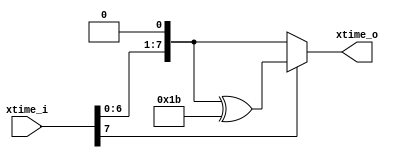
`timescale 1ns/1ns

module xtime (
    output reg [7:0] xtime_o,
    input [7:0] xtime_i
);
    always @(*) begin
        if(xtime_i [7] == 1'b1) begin
            xtime_o = (xtime_i << 1) ^ 8'h1b;
        end
        else begin
            xtime_o = xtime_i << 1;
        end
    end
endmodule

module xor_8b (
    output [7:0] xor_8b_o , 
    input [7:0] xor_8b_inA,
    input [7:0] xor_8b_inB
);

    assign xor_8b_o = xor_8b_inA ^ xor_8b_inB;

endmodule

module mix_columns (
    output [4*8 - 1 : 0] mix_col_o,
    input [4*8 - 1 : 0] mix_col_in,
    input inv_en
);

    wire [7:0] mix_col_in_2d [0:3];

    // XOR input A
    reg [7:0] xor_A1_in, xor_A2_in, xor_A3_in, xor_A4_in, xor_A5_in, xor_A6_in,  
    xor_A7_in, xor_A8_in, xor_A9_in, xor_A10_in, xor_A11_in, xor_A12_in, xor_A13_in, xor_A14_in, xor_A15_in;

    // XOR input B
    reg [7:0] xor_B1_in, xor_B2_in, xor_B3_in, xor_B4_in, xor_B5_in, xor_B6_in,  
    xor_B7_in, xor_B8_in, xor_B9_in, xor_B10_in, xor_B11_in, xor_B12_in, xor_B13_in, xor_B14_in, xor_B15_in;

    // XOR output C
    wire [7:0] xor1_out, xor2_out, xor3_out, xor4_out, xor5_out, xor6_out,
    xor7_out, xor8_out, xor9_out, xor10_out, xor11_out, xor12_out, xor13_out, xor14_out, xor15_out;
    
    // Xtime I/O
    reg [7:0] x1_in, x2_in, x3_in, x4_in;
    wire [7:0] x1_out, x2_out, x3_out, x4_out;

    // Matrix Convert
    assign mix_col_in_2d[3] = mix_col_in[7:0];
    assign mix_col_in_2d[2] = mix_col_in[15:8];
    assign mix_col_in_2d[1] = mix_col_in[23:16];
    assign mix_col_in_2d[0] = mix_col_in[31:24];
    
    // wire [7:0] t = mix_col_in_2d[0] ^ mix_col_in_2d[1] ^ mix_col_in_2d[2] ^ mix_col_in_2d[3];
    wire [7:0] t = (inv_en == 1'b0) ? xor7_out : x4_out; // As known as v in Python
    wire [7:0] u = (inv_en == 1'b0) ? mix_col_in_2d[0] : x3_out;

    always @(*) begin
        if (inv_en == 1'b0) begin
            x1_in = xor1_out;
            x2_in = xor2_out;
            x3_in = xor3_out;
            x4_in = xor4_out;
        end
        else begin
            x1_in = xor1_out;
            x2_in = xor2_out;
            x3_in = x1_out;
            x4_in = x2_out;
        end
    end

    always @(*) begin
        // Single MixCol - 15 xor gates
        if (inv_en == 1'b0) begin
            // Generate inputs pass to Xtimes. 1~4
            xor_A1_in = mix_col_in_2d[0];
            xor_B1_in = mix_col_in_2d[1];
            xor_A2_in = mix_col_in_2d[1];
            xor_B2_in = mix_col_in_2d[2];
            xor_A3_in = mix_col_in_2d[2];
            xor_B3_in = mix_col_in_2d[3];
            xor_A4_in = mix_col_in_2d[3];
            xor_B4_in = u;
            
            // t 5~7
            xor_A5_in = mix_col_in_2d[0];
            xor_B5_in = mix_col_in_2d[1];
            xor_A6_in = xor5_out;
            xor_B6_in = mix_col_in_2d[2];
            xor_A7_in = xor6_out;
            xor_B7_in = mix_col_in_2d[3];

            // xor with xtime and t 8~11
            xor_A8_in = x1_out;
            xor_B8_in = t;
            xor_A9_in = x2_out;
            xor_B9_in = t;
            xor_A10_in = x3_out;
            xor_B10_in = t;
            xor_A11_in = x4_out;
            xor_B11_in = t;

            // xor 12~15
            xor_A12_in = xor8_out;
            xor_B12_in = mix_col_in_2d[0];
            xor_A13_in = xor9_out;
            xor_B13_in = mix_col_in_2d[1];
            xor_A14_in = xor10_out;
            xor_B14_in = mix_col_in_2d[2];
            xor_A15_in = xor11_out;
            xor_B15_in = mix_col_in_2d[3];
            
        end
        // Single INV_Mixcol - 6 xor gates
        else begin
            // First Two 1~2
            xor_A1_in = mix_col_in_2d[0];
            xor_B1_in = mix_col_in_2d[2];
            xor_A2_in = mix_col_in_2d[1];
            xor_B2_in = mix_col_in_2d[3];

            // Last Four 12~15
            xor_A12_in = mix_col_in_2d[0];
            xor_B12_in = u;
            xor_A13_in = mix_col_in_2d[1];
            xor_B13_in = t;
            xor_A14_in = mix_col_in_2d[2];
            xor_B14_in = u;
            xor_A15_in = mix_col_in_2d[3];
            xor_B15_in = t;

            // Useless
            xor_A3_in = 8'b0;
            xor_B3_in = 8'b0;
            xor_A4_in = 8'b0;
            xor_B4_in = 8'b0;
            xor_A5_in = 8'b0;
            xor_B5_in = 8'b0;
            xor_A6_in = 8'b0;
            xor_B6_in = 8'b0;
            xor_A7_in = 8'b0;
            xor_B7_in = 8'b0;
            xor_A8_in = 8'b0;
            xor_B8_in = 8'b0;
            xor_A9_in = 8'b0; 
            xor_B9_in = 8'b0;
            xor_A10_in = 8'b0;
            xor_B10_in = 8'b0;
            xor_A11_in = 8'b0;
            xor_B11_in = 8'b0;  
        end
    end

    // Xtime Structrue 
    xtime xtime1(x1_out, x1_in);
    xtime xtime2(x2_out, x2_in);
    xtime xtime3(x3_out, x3_in);
    xtime xtime4(x4_out, x4_in);

    // XOR Structure
    // xor xor1( C, A, B );	C = A ^ B
    // 15 XOR gates

    // This four gates are for xtime func when Mixcol
    xor_8b xor1(xor1_out, xor_A1_in, xor_B1_in);
    xor_8b xor2(xor2_out, xor_A2_in, xor_B2_in);
    xor_8b xor3(xor3_out, xor_A3_in, xor_B3_in);
    xor_8b xor4(xor4_out, xor_A4_in, xor_B4_in);
    
    // This two gates are for t.
    xor_8b xor5(xor5_out, xor_A5_in, xor_B5_in);
    xor_8b xor6(xor6_out, xor_A6_in, xor_B6_in);
    xor_8b xor7(xor7_out, xor_A7_in, xor_B7_in);
    xor_8b xor8(xor8_out, xor_A8_in, xor_B8_in);
    xor_8b xor9(xor9_out, xor_A9_in, xor_B9_in);
    xor_8b xor10(xor10_out, xor_A10_in, xor_B10_in);
    xor_8b xor11(xor11_out, xor_A11_in, xor_B11_in);
    xor_8b xor12(xor12_out, xor_A12_in, xor_B12_in);
    xor_8b xor13(xor13_out, xor_A13_in, xor_B13_in);
    xor_8b xor14(xor14_out, xor_A14_in, xor_B14_in);
    xor_8b xor15(xor15_out, xor_A15_in, xor_B15_in);

    assign mix_col_o[31:24] = xor12_out;
    assign mix_col_o[23:16] = xor13_out;
    assign mix_col_o[15:8] = xor14_out;
    assign mix_col_o[7:0] = xor15_out;
    
endmodule